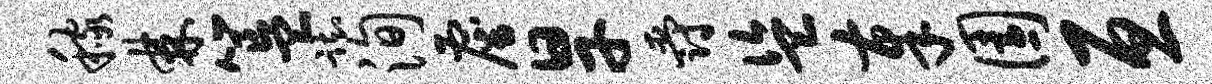
稼棘簋踟洵雇旱爵盗奉园亘